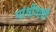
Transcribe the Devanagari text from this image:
गांधीवाधी